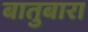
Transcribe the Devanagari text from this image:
बातुबारा